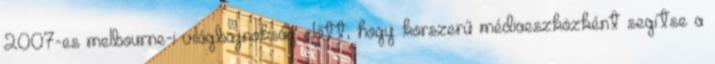
2007-es melbourne-i világbajnokság előtt, hogy korszerű médiaeszközként segítse a